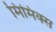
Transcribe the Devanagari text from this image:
मिमिक्स